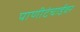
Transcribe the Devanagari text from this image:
पाणीटंचाईवर